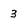
Character: 3